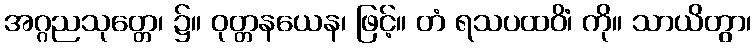
အဂ္ဂညသုတ္တေ၊ ၌။ ဝုတ္တနယေန၊ ဖြင့်။ တံ ရသပထဝိံ၊ ကို။ သာယိတွာ၊